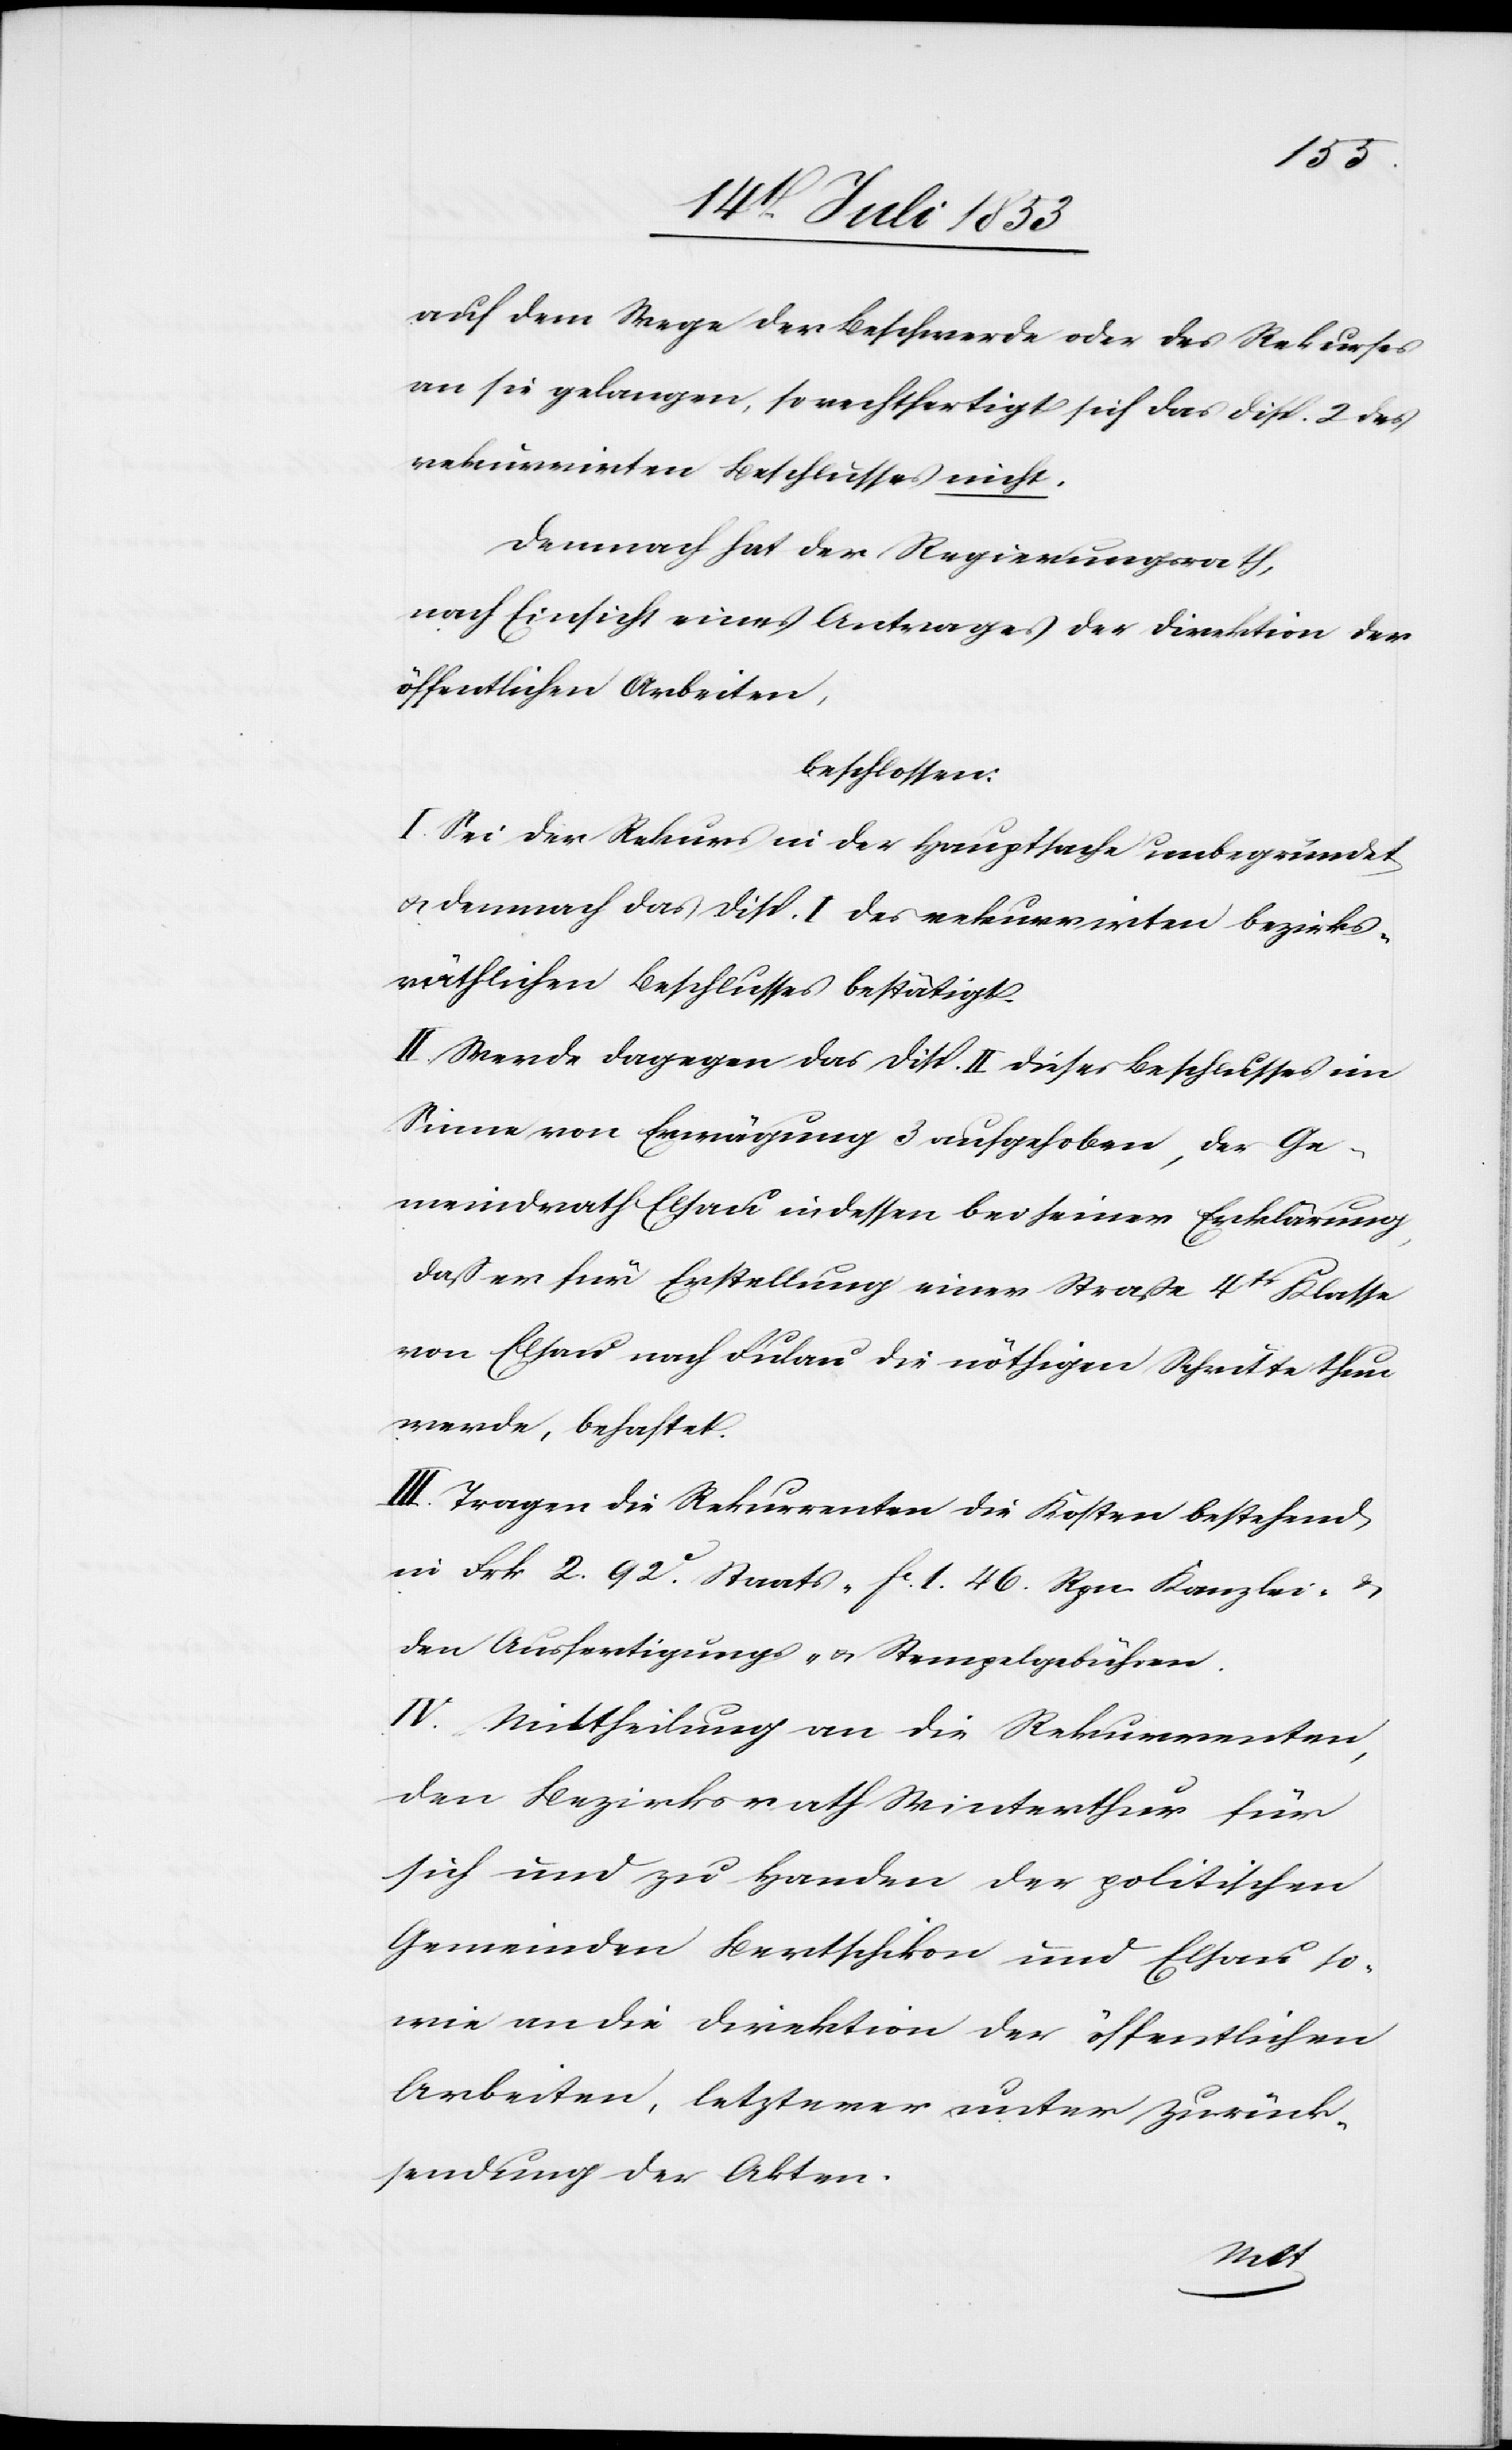
auf dem Wege der Beschwerde oder des Rekurses
an sie gelangen, so rechtfertigt sich das Disp. 2 des
rekurrirten Beschlusses nicht.
Demnach hat der Regierungsrath,
nach Einsicht eines Antrages der Direktion der
öffentlichen Arbeiten,
beschlossen:
I. Sei der Rekurs in der Hauptsache unbegründet
u. demnach das Disp. I des rekurrirten bezirks¬
räthlichen Beschlusses bestätigt.
II. Werde dagegen das Disp. II dieses Beschlusses im
Sinne von Erwägung 3 aufgehoben, der Ge¬
meindrath Elsau indessen bei seiner Erklärung,
daß er für Erstellung einer Straße 4tr Klasse
von Elsau nach Fulau die nöthigen Schritte thun
werde, behaftet.
III. Tragen die Rekurrenten die Kosten bestehend
in Frk. 2 .92c Staats- fc 1. 46 Rpn. Kanzlei- u.
den Ausfertigungs- u. Stempelgebühren.
IV. Mittheilung an die Rekurrenten,
den Bezirksrathe Winterthur für
sich und zu Handen der politischen
Gemeinden Bertschikon und Elsau so¬
wie an die Direktion der öffentlichen
Arbeiten, letzterer unter Zurück¬
sendung der Akten.